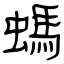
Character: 螞